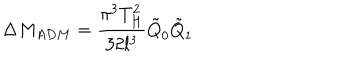
\Delta M _ { A D M } = \frac { \pi ^ { 3 } T _ { H } ^ { 2 } } { 3 2 l ^ { 3 } } \tilde { Q } _ { 0 } \tilde { Q } _ { 1 }